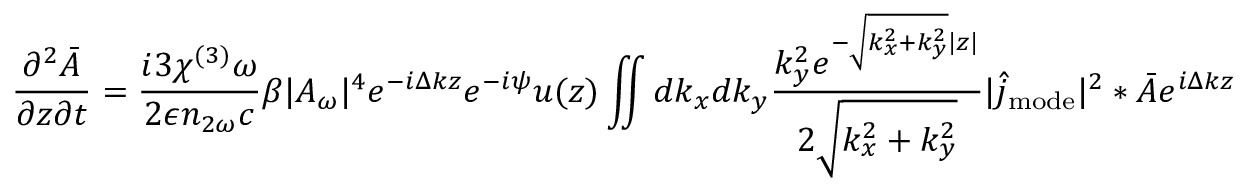
\frac { \partial ^ { 2 } \bar { A } } { \partial z \partial t } = \frac { i 3 \chi ^ { ( 3 ) } \omega } { 2 \epsilon n _ { 2 \omega } c } \beta | A _ { \omega } | ^ { 4 } e ^ { - i \Delta k z } e ^ { - i \psi } u ( z ) \iint d k _ { x } d k _ { y } \frac { k _ { y } ^ { 2 } e ^ { - \sqrt { k _ { x } ^ { 2 } + k _ { y } ^ { 2 } } | z | } } { 2 \sqrt { k _ { x } ^ { 2 } + k _ { y } ^ { 2 } } } | \hat { j } _ { \mathrm { m o d e } } | ^ { 2 } \ast \bar { A } e ^ { i \Delta k z }